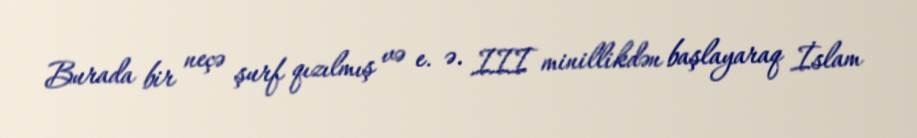
Burada bir neçə şurf qızılmış və e. ə. III minillikdən başlayaraq İslam